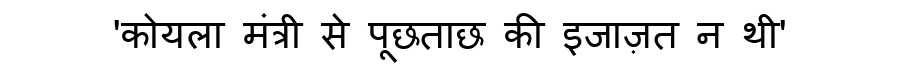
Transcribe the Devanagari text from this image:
'कोयला मंत्री से पूछताछ की इजाज़त न थी'